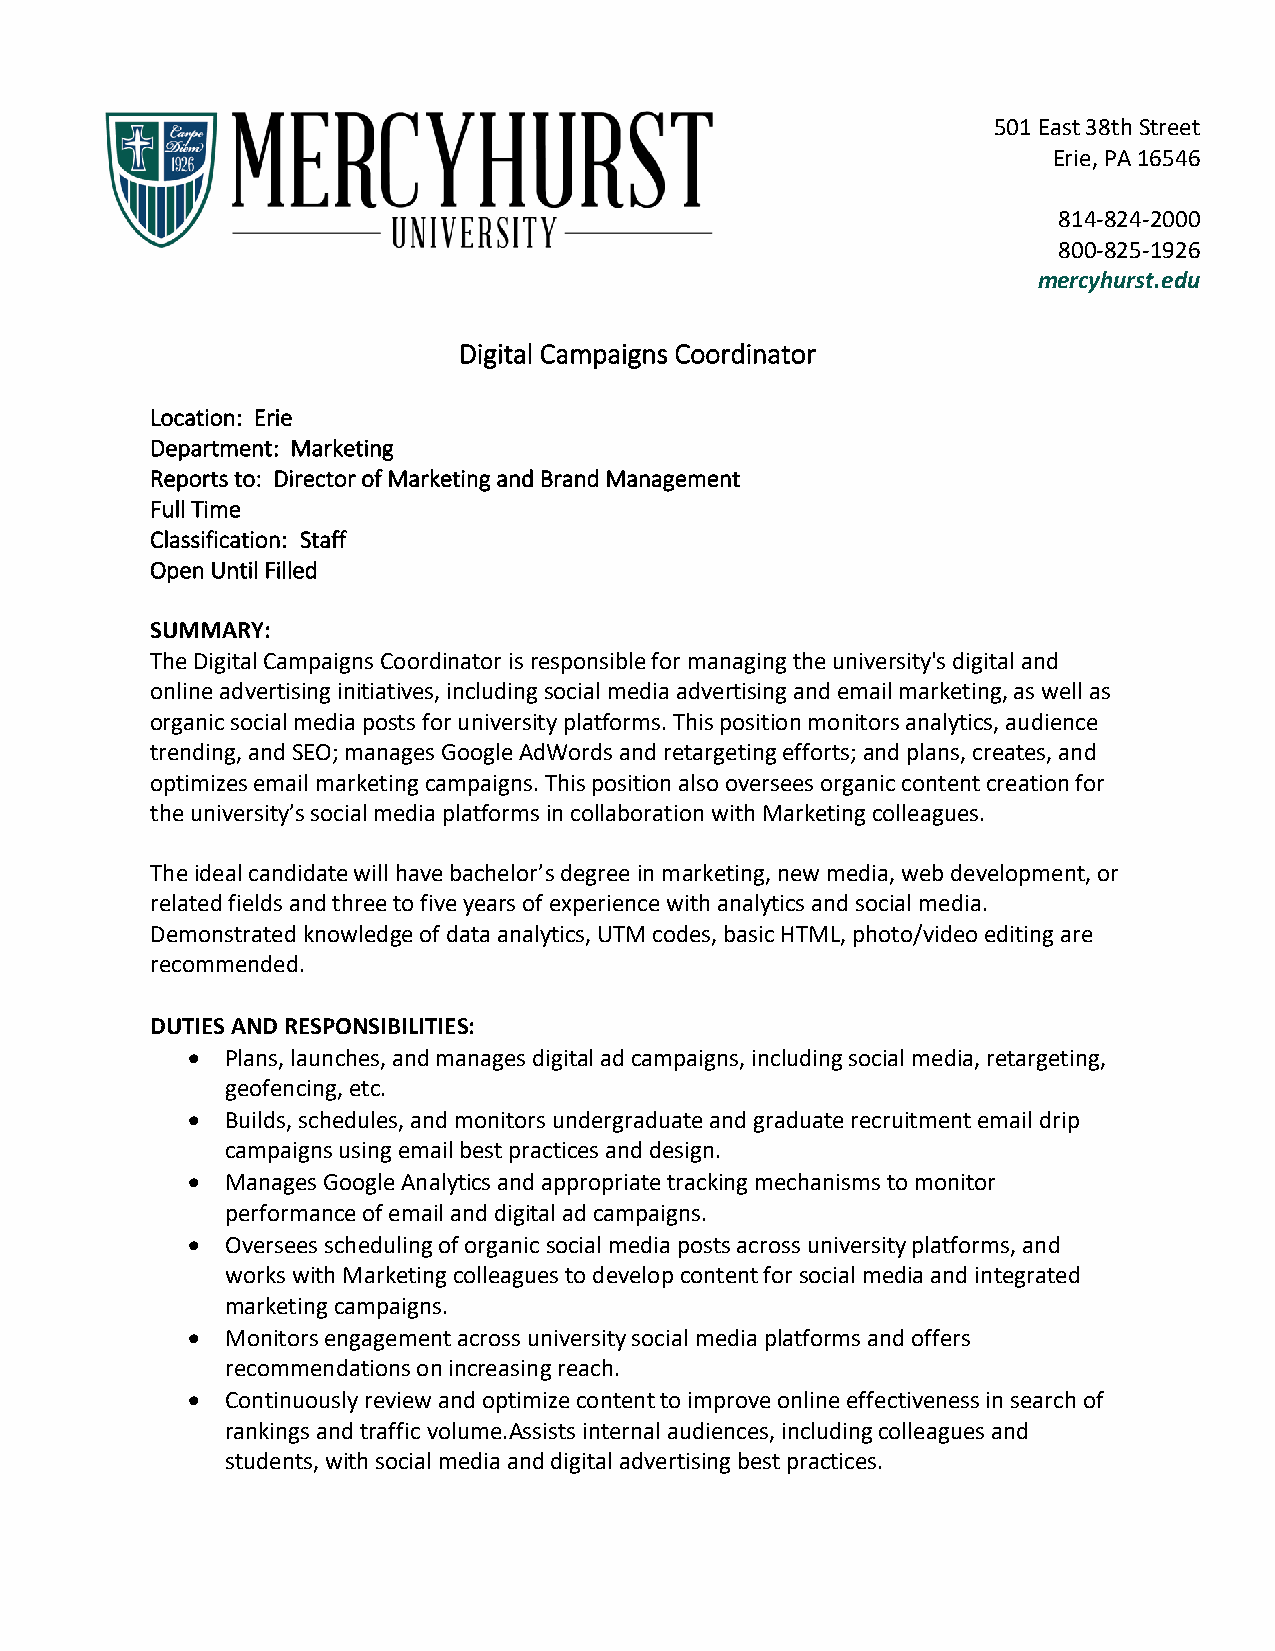
501 East 38th Street
 Erie, PA 16546
 814-824-2000
 800-825-1926
 mercyhurst.edu
 Digital Campaigns Coordinator
 Location: Erie
 Department: Marketing
 Reports to: Director of Marketing and Brand Management
 Full Time
 Classification: Staff
 Open Until Filled
 SUMMARY:
 The Digital Campaigns Coordinator is responsible for managing the university's digital and
 online advertising initiatives, including social media advertising and email marketing, as well as
 organic social media posts for university platforms. This position monitors analytics, audience
 trending, and SEO; manages Google AdWords and retargeting efforts; and plans, creates, and
 optimizes email marketing campaigns. This position also oversees organic content creation for
 the university’s social media platforms in collaboration with Marketing colleagues.
 The ideal candidate will have bachelor’s degree in marketing, new media, web development, or
 related fields and three to five years of experience with analytics and social media.
 Demonstrated knowledge of data analytics, UTM codes, basic HTML, photo/video editing are
 recommended.
 DUTIES AND RESPONSIBILITIES:
 •  Plans, launches, and manages digital ad campaigns, including social media, retargeting,
 geofencing, etc.
 •  Builds, schedules, and monitors undergraduate and graduate recruitment email drip
 campaigns using email best practices and design.
 •  Manages Google Analytics and appropriate tracking mechanisms to monitor
 performance of email and digital ad campaigns.
 •  Oversees scheduling of organic social media posts across university platforms, and
 works with Marketing colleagues to develop content for social media and integrated
 marketing campaigns.
 •  Monitors engagement across university social media platforms and offers
 recommendations on increasing reach.
 •  Continuously review and optimize content to improve online effectiveness in search of
 rankings and traffic volume.Assists internal audiences, including colleagues and
 students, with social media and digital advertising best practices.